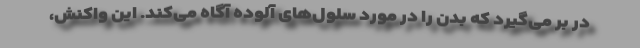
در بر می‌گیرد که بدن را در مورد سلول‌های آلوده آگاه می‌کند. این واکنش،